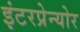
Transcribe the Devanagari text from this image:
इंटरप्रेन्योर